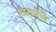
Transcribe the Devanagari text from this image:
ध्यानि